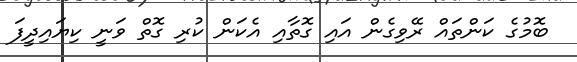
ބޮމުގެ ކަންތައް ރޭވިގެން އައި ގޮތާއި އެކަން ކުރި ގޮތް ވަނީ ކިޔައިދީފަ